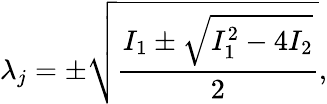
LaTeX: \lambda_{j}=\pm\sqrt{\frac{I_{1}\pm\sqrt{I_{1}^{2}-4I_{2}}}{2}},